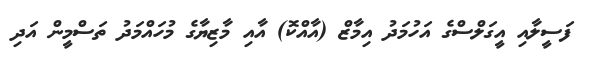
ފަސީލާއި އީގަލްސްގެ އަހުމަދު އިމާޒް (އާއްކޮ) އާއި މާޒިޔާގެ މުހައްމަދު ތަސްމީން އަދި